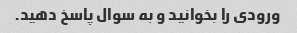
ورودی را بخوانید و به سوال پاسخ دهید.